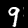
Digit: 9